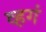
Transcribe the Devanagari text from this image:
व्हगं